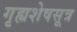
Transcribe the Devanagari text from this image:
गृह्यशेषसूत्र